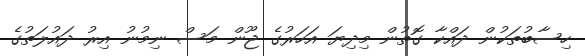
ހިސާބުތަކުން ދައްކާ ގޮތުން މިދިޔަ އަހަރުގެ ޖޫން މަސް ނިމުނު އިރު ދައުލަތުގެ